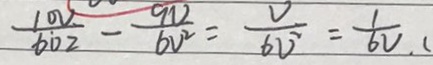
\frac { 1 0 V } { 6 0 2 } - \frac { 9 V } { 6 V ^ { 2 } } = \frac { V } { 6 V ^ { 2 } } = \frac { 1 } { 6 V } . (